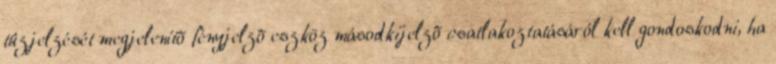
tûzjelzését megjelenítõ fényjelzõ eszköz másodkijelzõ csatlakoztatásáról kell gondoskodni, ha